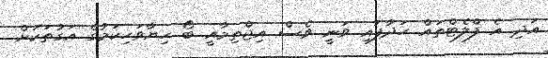
އަދި އެ ފްލެޓްތައް ހަދާފައި ވަނީ ވެސް އިޖްތިމާއީ ބޯ ހިޔާވަހިކަމުގެ އަގުތަކަށް